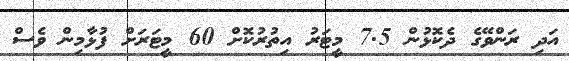
އަދި ރަންވޭގެ ދެކޮޅުން 7.5 މީޓަރު އިތުރުކޮށް 60 މީޓަރަށް ފުޅާމިން ވެސް